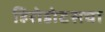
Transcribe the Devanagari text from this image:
हिरोडोटसचा